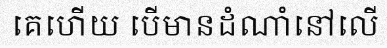
គេហើយ បើមានដំណាំនៅលើ